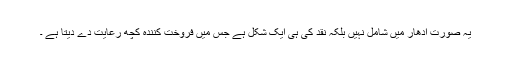
یہ صورت اُدھار میں شامل نہیں بلکہ نقد کی ہی ایک شکل ہے جس میں فروخت کنندہ کچھ رعایت دے دیتا ہے ۔